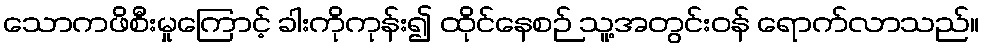
သောကဖိစီးမှုကြောင့် ခါးကိုကုန်း၍ ထိုင်နေစဉ် သူ့အတွင်းဝန် ရောက်လာသည်။